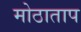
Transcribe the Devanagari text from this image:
मोठाताप